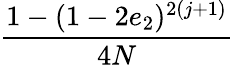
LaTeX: \displaystyle\frac{1-(1-2e_{2})^{2(j+1)}}{4N}